Calcutta medical institutions reports 1892-1900
Year: 1892
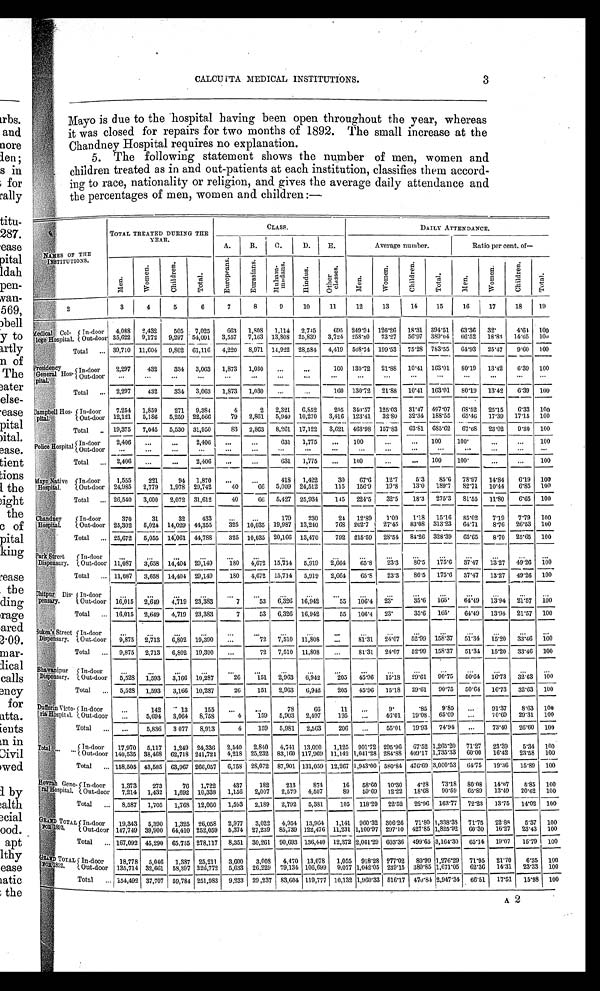
3
CALCUTTA MEDICAL INSTITUTIONS.
Mayo is due to the hospital having been open throughout the year, whereas
it was closed for repairs for two months of 1892. The small increase at the
Chandney Hospital requires no explanation.
5. The following statement shows the number of men, women and
children treated as in and out-patients at each institution, classifies them accord
- i n g t o r a c e , n a t i o n a l i t y o r r e l i g i o n , a n d g i v e s t h e a v e r a g e d a i l y a t t e n d a n c e a n d
the percentages of men, women and children:-
NAMES OF THE
INSTITUTIONS.
TOTAL TREATED DURING THE
YEAR.
CLASS.
D A I L Y A T T E N D A N C E .
A.
B. C.
D. E.
Average number.
Ratio per cent. of--
M e n .
Wo me n .
C h i l d r e n .
Tot al .
E u r o p e a n s .
E u r a s i a n s .
Mu h a mma d a n s . H i n d u s .
Ot h e r c l a s s e s .
M e n .
W o m e n .
C h i l d r e n .
Tot a l .
Me n .
W o m e n .
C h i l d r e n .
T o t a l .
2
3
4
5
6
7
8
9
10
11
12
13
14
15
16 17
18 19
M e d i c a l C o l l e g e H o s p i t a l .
In-door 4,088 2,432 505 7,025 663 1,808 1,114 2,745 695 249.94 126.26 18.31 394.51 63.36 3 2 .
4.64 100
Out-door 35,622 9,172 9,297 54,0913,557 7,163 13,808
2 5 , 8 3 9 3,724 258.80 73.27 56.97 389.04 66.52 18. 83 14.65 100
Total
39,710 11,604 9,802 61,116 4,220 8,971 14,922 28,584 4,419 508.74 199.53 75.28 783.55 64.93 25. 47 9.60 100
Pr esi dency Gener al Hospi t al . In-door 2,297 432 334 3,063 1,873 1,030
160 130.72 21.88 10.41 163.01 80.19 13.42 6.39 100
Out-door
Total
2,297 432 334 3,063 1,873 1,030
160 130.72 21.88 10.41 163.01 80.19 13.42 6.39 100
Campbell Hos
pital.
In-door 7,254 1,859 271 9,384
4
2 2,321 6,852 205 340.57 125.03 31.47 497.07 68.52 25.15 6.33 100
Out-door 12,121 5,186 5,259 22,566
7 9 2,861 5,940 10,270 3,416 123.41 32.80 32.34 188.55 65.46 17.39 17.15 100
Total
19,375 7,045 5,530 31,950
83 2,863 8,261 17,122 3,621 463.98 157.83 63.81 685.62 67.68 23.02 9.30 100
Police Hospital. In-door 2,406
2,406
631 1,775
100
100
100
100
Out-door
Total
2,406
2,406
631 1,775
100
100
100
100
M a y o N a t i v e H o s p i t a l .
In-door 1,555 221
94 1,870
418 1,422
30
67. 6 12.7 5.3 85.6 78.97 14.84 6.19 100
O u t - d o o r 24,985 2,779 1,978 29,742
40
66 5,009 24,512 115 156.9 19.8 13.0 189.7 82.71 10.44 6.85 100
Total
26,540 3,000 2,072 31,612
40
6 6 5,427 25,934 145 224.5 32.5 18.3 275.3 81.55 11. 80 6.65 100
C h a n d n e y H o s p i t a l .
In-door
370
31
32 433
179 230
24
12.89
1.09
1.18
15. 16 85.02
7 . 1 9 7.79
100
Out-door 25,302 5,024 14,029 44,355 325 10,035 19,987 13,240 768 202.7 27.45 83.08 313.23 64.71 8. 76 26.53 100
Total
25,672 5,055 14,061 44,788 325 10,035 20,166 13,470 792 215.59 28.54 84.26 328.39 65.65
8 . 7 0 25.65 100
Par k St r eet Di spensar y.
I n - d o o r
Out-door 11, 087 3,658 14,404 29,149 180 4,672 15,714 5,919 2,664 65.8 23.3 86.5 175.6 37.47 13.27 49.26 100
Total
11,087 3,658 14,404 29,149 180 4,672 15,714 5,919 2,664
65.8 23.3 86.5 175.6 37.47 13.27 49.26 100
C h i t p u r D i s p e n s a r y .
In-door Out-door 16,015 2,649 4,719 23,383
7
53
6, 326 16,942
55 106.4 23.
35.6 165. 64.49 13.94 21.57 100
Total
16,015 2,649 4,719 23,383
7
53 6,326 16,942
55 106.4 23.
35.6 165 .
64.49 13.94 21.57 100
S u k e a ' s S t r e e t D i s p e n s a r y .
In-door O u t - d o o r 9,875 2,713 6, 802 19,390
72 7,510 11,808
81.31 24.07 52.99 158.37 51.34 15. 20 33.46 100
Total
9,875 2,713 6,802 19,390
72 7,510 11,808
81.31 24.07 52.99 158.37 51.34 15.20 33.46 100
B h a w a n i p u r D i s p e n s a r y .
In-door
Out-door
5 , 5 2 8 1,593 3,166 10,287
26
151 2,963 6,942
205 45.96 15.18 29. 61 90.75 50. 64 16.73 32.63 100
Total
5,528 1,593 3,166 10,287
26 151 2,963 6,942
205 45.96 15.18 29.61 90.75 50.64 16.73 32.63 100
Duf f er i n Vi ct or i a Hospi t al . In-door
142 13 155
78
66
11
9 .
85. 9.85
91. 37 8.63 100
O u t - d o o r
5,694 3,064 8,758
4 159 5,903 2,497 195
46.01 19.08 65.09
70.69 29.31 100
Total
5,836 3 077 8,913
4 159 5,981 2,563 206
55.01 19.93 74.94
73. 40 26.60 100
T o t a l
In-door 17,970 5,117 1,249 24,336 2,540 2,840 4,741
1 3 , 0 9 0
1,125
901. 72
295.96 67.52 1,265.20 71.27 23. 39 5.34 100
Out-door 140,535 38,468 62,718 241,721 4,218 25,232 83,160 117,969 11,142 1,041.28 284.88 409.17 1,735.33 60. 00 16.42 23.58 100
Total
158,505 43,585 63,967 266,057 6,758 28,072 87, 901 131,059 12,267 1,943.00 580.84 476.69 3,000.53 64.75 19.36 15.89 100
Ho wr a h Ge n e r a l Ho s p i t a l . In-door 1,373 273
76 1,722 437 182 213 874
16 58.60 10.30 4.28 73.18 80.08 14.07 5.85 100
Out-door 7,214 1,432 1,692 10,338 1,156 2,007 2,579 4,507
89 59.69 12.22 18.68 90.59 65.89 13.49 20.62 100
Total
8,587 1,705 1,768 12,060 1,593 2,189 2,792 5,381 105 118.29 22.52 22.96 163.77 72.23 13.75 14.02 100
G R A N D T O T A L F O R 1 8 9 3 .
Indoor 19,343 5,390 1,325 26,058 2,977 3,022 4,954 13,964 1,141 960.32 306.26 71.80 1,338.38 71.75 22.88 5.37 100
Out-door 147,749 39,900 64,410 252,059 5,374 27,239 85,739 122,476 11,231 1,100.97 297.10 427.85 1,825.92 60. 30 16.27 23.43 100
Total
167,092 45,290 65,735 278,117 8,351 30,261 90,693 136,440 12,372 2,061.29 603.36 499.65 3,164.30 65.14 19.07 15.79 100
GRAND T OT AL F OR 1 8 9 2 . In-door 18,778 5,046 1,387 25,211 3,600 3,008 4,470 13,078 1,055 918.28 277.02 80.99 1,276.29 71.95 21.70 6.35 100
Out-door 135,714 32,661 58,397 226,772 5,633 26,229 79,134 106,699 9,077 1,042.05 239.15 389.85 1,671.05 62.36 14.31 23.33 100
Total
154,492 37,707 59,784 251,983 9,233 29,237 83,604 119,777 10,132 1,960.33 516.17 470.84 2,947.34 66.51 17.51 15.98 100
A2